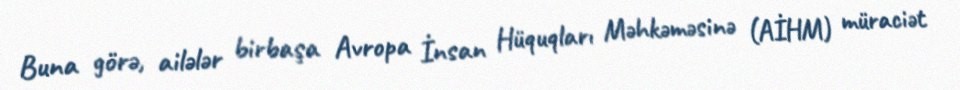
Buna görə, ailələr birbaşa Avropa İnsan Hüquqları Məhkəməsinə (AİHM) müraciət